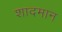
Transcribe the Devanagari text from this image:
शादमान